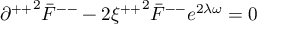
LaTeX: { \partial ^ { + + } } ^ { 2 } { \bar { F } } ^ { -- } - 2 { \xi ^ { + + } } ^ { 2 } { \bar { F } } ^ { -- } e ^ { 2 \lambda \omega } = 0 \,